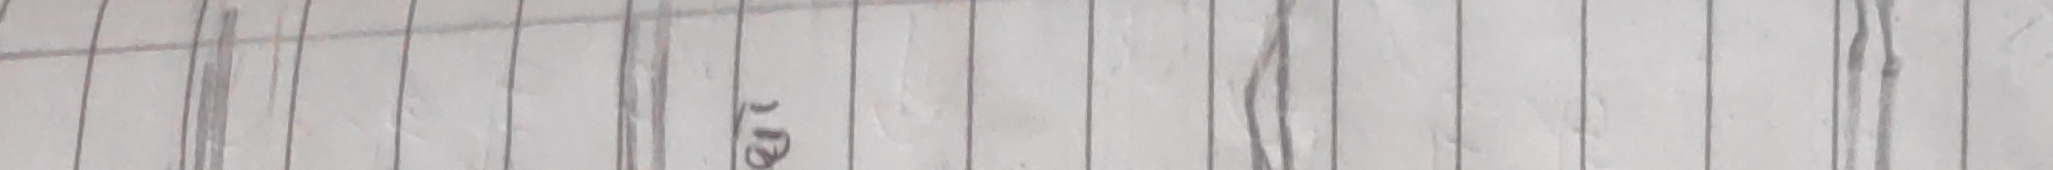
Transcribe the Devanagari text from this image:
२२